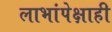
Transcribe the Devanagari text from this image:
लाभांपेक्षाही